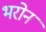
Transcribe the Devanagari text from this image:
भरोन